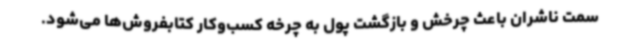
سمت ناشران باعث چرخش و بازگشت پول به چرخه کسب‌وکار کتابفروش‌ها می‌شود.